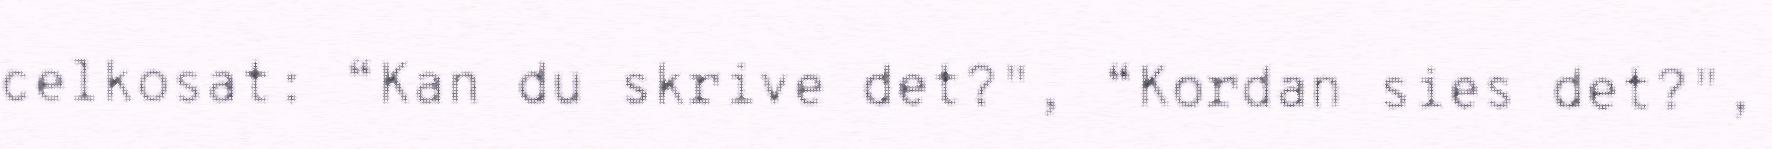
celkosat: “Kan du skrive det?", “Kordan sies det?",